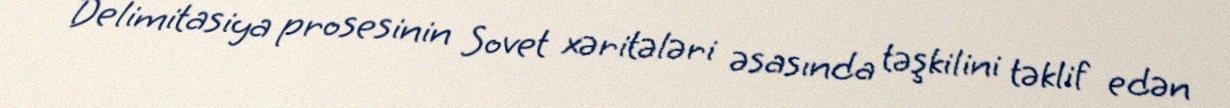
Delimitasiya prosesinin Sovet xəritələri əsasında təşkilini təklif edən